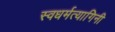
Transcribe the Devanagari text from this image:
स्वधर्मत्यागिनी